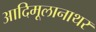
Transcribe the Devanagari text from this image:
आदिमूलानाथर